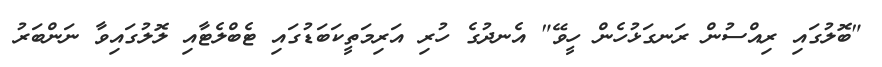
"ބޮލުގައި ރިއްސުން ރަނގަޅުހެން ހީވޭ" އެނދުގެ ހުރި އަރިމަތީކަބަޑުގައި ޓެބްލެޓާއި ލޮލުގައިވާ ނަންބަރު